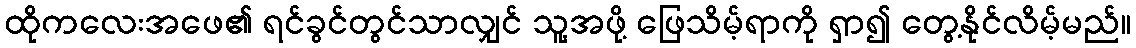
ထိုကလေးအဖေ၏ ရင်ခွင်တွင်သာလျှင် သူ့အဖို့ ဖြေသိမ့်ရာကို ရှာ၍ တွေ့နိုင်လိမ့်မည်။